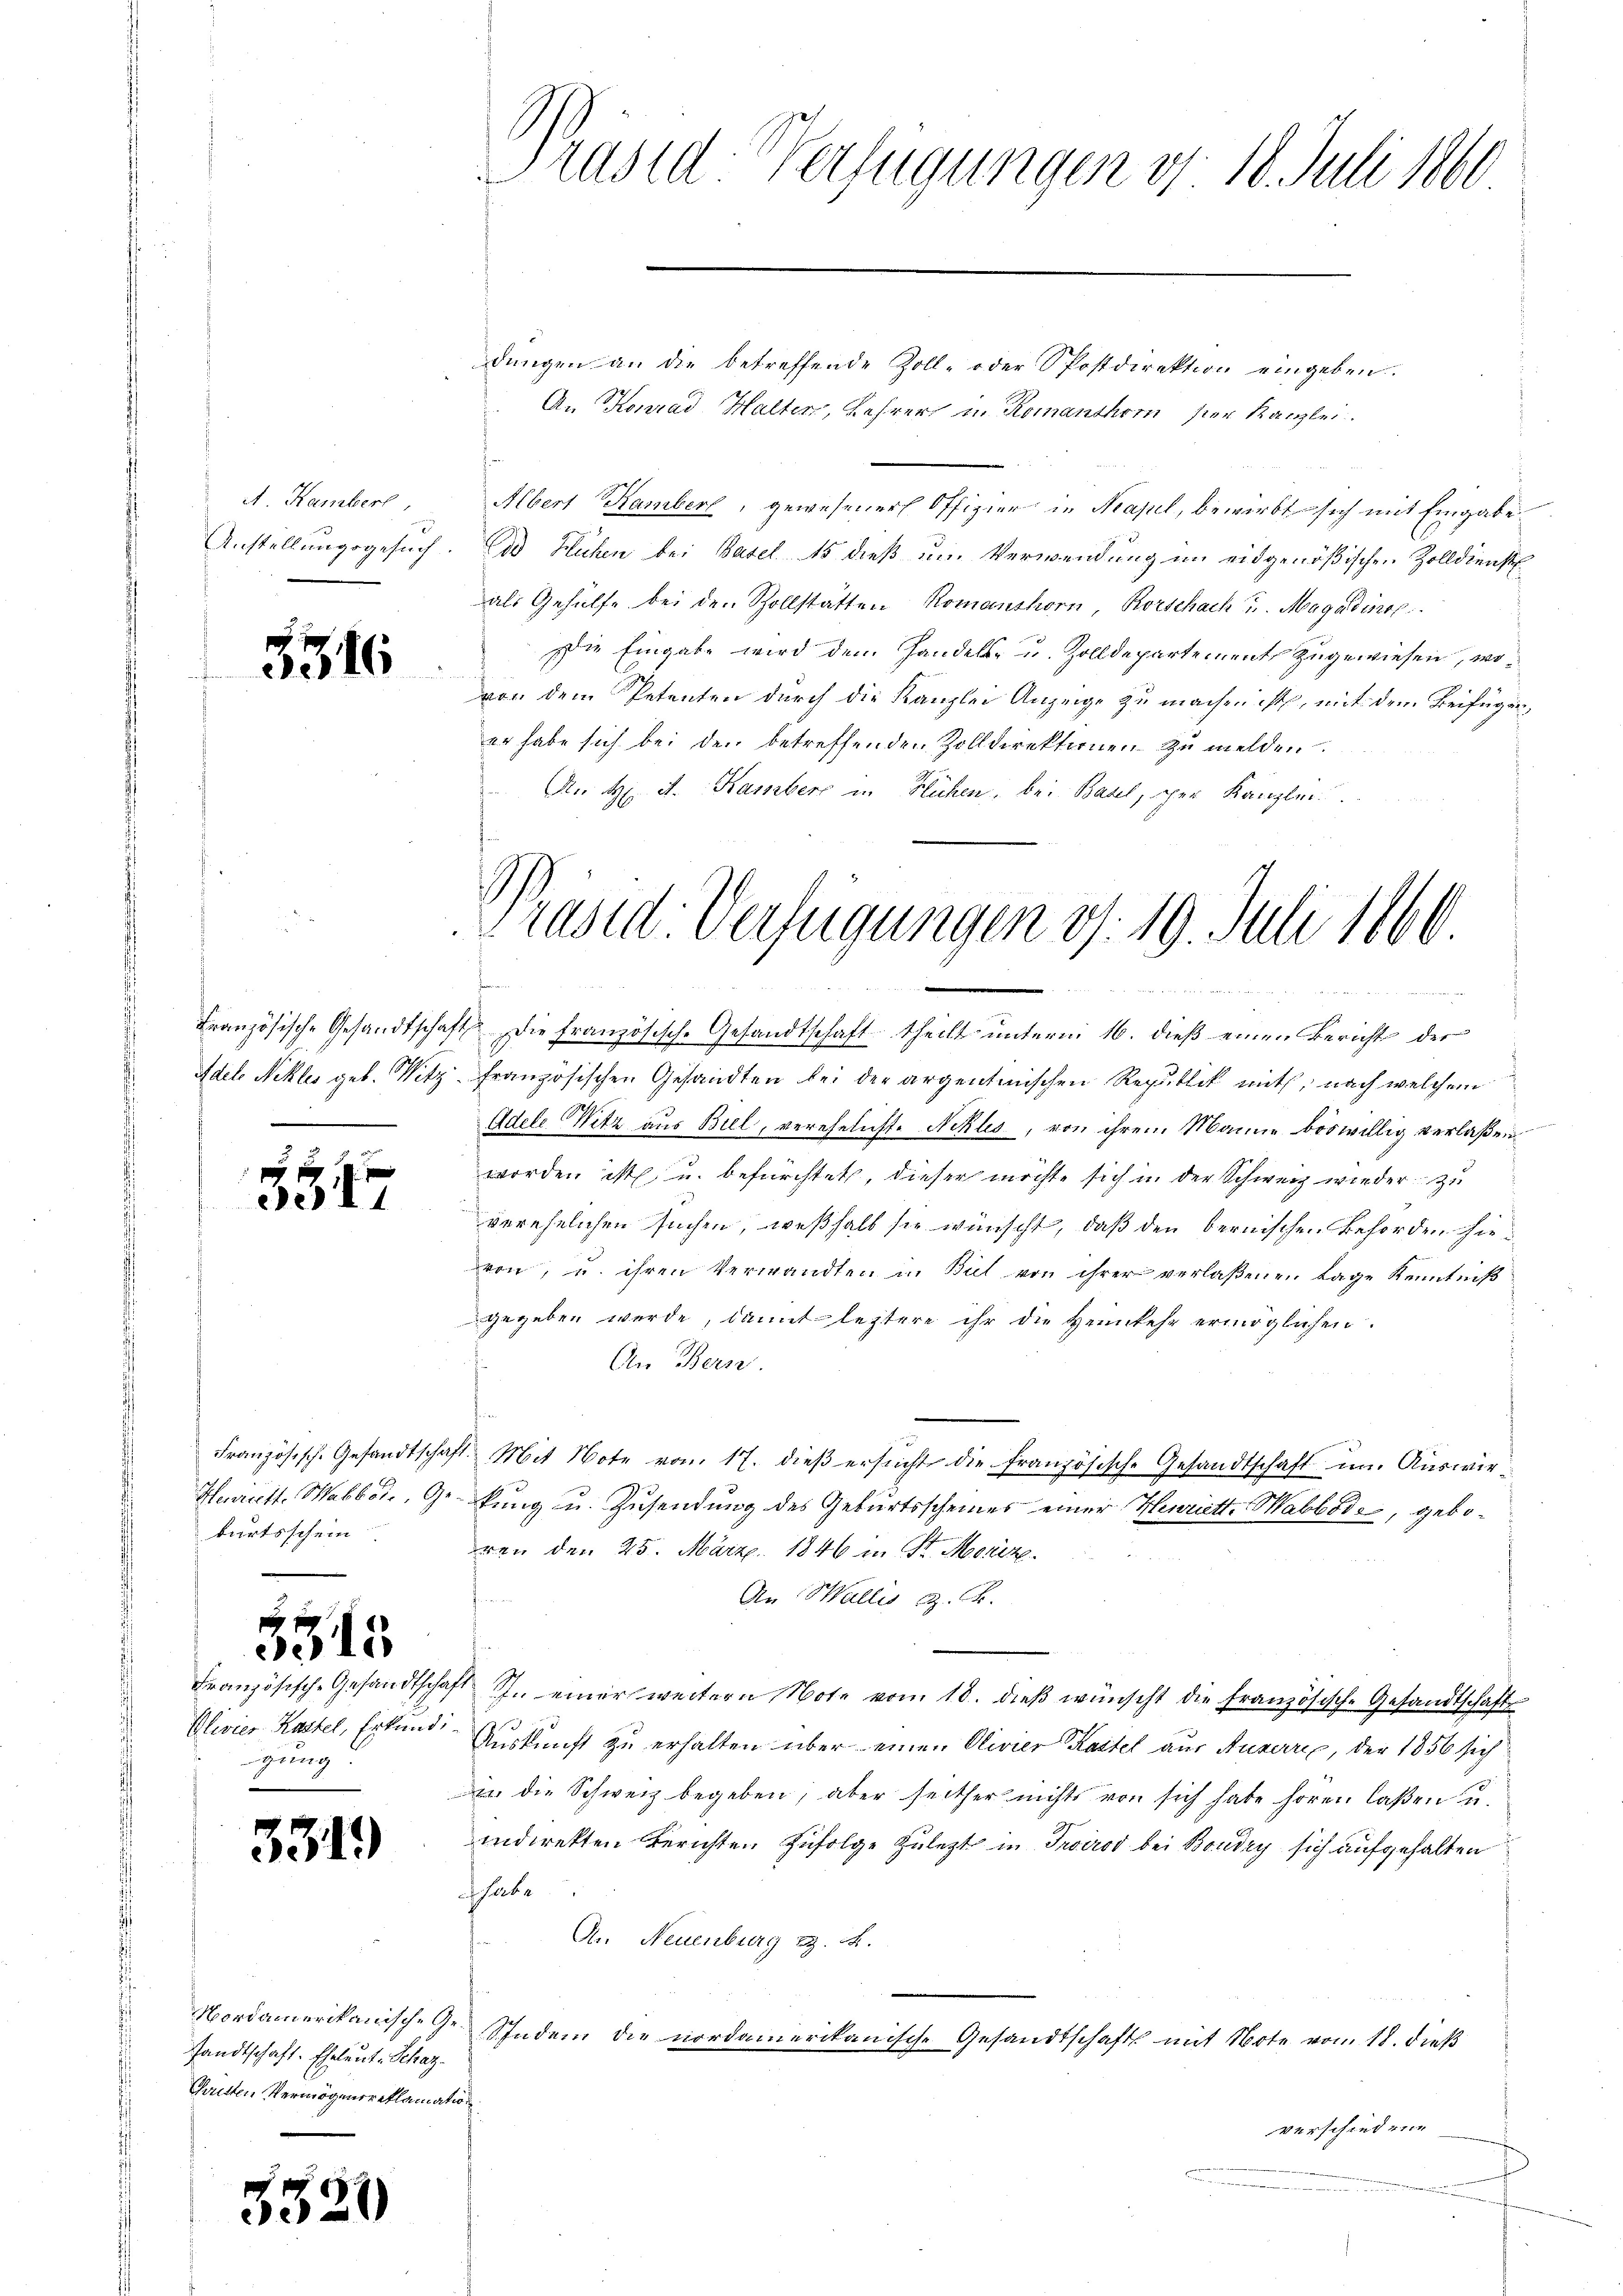
A. Kamberl

3316

5
.17

burtsschein

3513

gung

3319

Nordamerikanische Gesandtschaft. Eheleute Schaz.
Chanten Vermögensreklamation

5320

Präsid. Verfügungen v. 18. Juli 1860

dŭngen an die betreffende Zoll- oder Spostdirektion eingeben.
An Konrad Halten, Lehrer in Romanshorn der Kanzlei
Albert Hamberl, gewesener Offizier in Kapel, bewirbt sich mit Eingabe.
Anstellungsgesuch. Bad Hühen bei Basel 15 dieß um Verwendung im eidgenößischen Zolldienst
als Gehülfe bei den Zollstätten Romanshorn, Rorschach u. Magadinop
Die Eingabe wird dem Handels- u. Zolldepartement zugewiesen, wovon dem Petenten durch die Kanzlei Anzeige zu machen ist, mit dem Beifügen,
er habe sich bei den betreffenden Zolldirektionen zu melden.
An H. d. Kamberg in Hühen, bei Basel, der Kanzlei

Präsid. Verfügungen v. 19. Juli 1860.
den

Französische Gesandtschaft die französische Gesandtschaft theilt unterm 16. dieß einen Bericht der
Adele Nekles geb. Witz-Französischen Gesandten bei der argentimischen Republik mit, nach welchem
Adele Witz aus Biel, verehelicht. Nekles, von ihrem Manne böswillig verlaßen.
worden ist u. befürchtet, dieser möchte sich in der Schweiz wieder zu
verehelichen suchen, weßhalb sie wünscht, daß den bernischen Behörden hievon, u. ihren Verwandten in Biel von ihrer verlaßenen Lage Kenntniß
gegeben werde, damit letztere ihr die Heimkehr ermöglichen.
An Bern.
Französisch. Gesandtschaft. Mit Note vom 17. dieβ ersŭcht die französische Gesandtschaft u. Auswir¬
Harinett. Wabbone, Gebung u. Zusendung des Geburtsscheines einer Henriette Wabbode, geboren den 25. März 1846 in St. Merz
An Wallis G. B.
Französisch-Gesandtschaft J. einer weitern Note vom 18. dieβ wünscht die Französische Gesandtschaft
Olivier Kastel, Erkund Auskunft zu erhalten über einen Olivier Kastel aus Ausarex, der 1856 sich
n die Schweiz begeben, aber seither nichts von sich habe hören laßen u.
indirekten Berichten Zufolge zuletzt in Troirod bei Boudry sich aufgehalten
a habe
An Neuenburg i. R.
Sindem die nordamerikanische Gesandtschaft mit Note vom 18. dieß
verschiedene

a